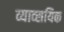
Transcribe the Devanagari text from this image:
व्याव्सयिक